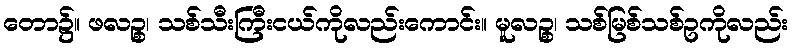
တော၌။ ဖလဉ္စ၊ သစ်သီးကြီးငယ်ကိုလည်းကောင်း။ မူလဉ္စ၊ သစ်မြစ်သစ်ဥကိုလည်း